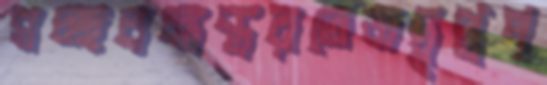
গচ্ছবনান্তরতেজদৃপ্তপ্